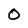
Character: 0